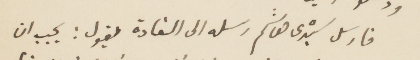
فارسل سيدي هاشم رسله الى الفادة يقول: يجب ان